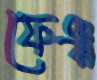
ফেঞ্চ